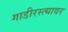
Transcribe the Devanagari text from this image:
गाडीरस्त्यावर